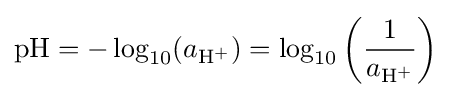
{\text{pH}}=-\log _{10}(a_{\mathrm {H} {\vphantom {A}}^{+}})=\log _{10}\left({\frac {1}{a_{\mathrm {H} {\vphantom {A}}^{+}}}}\right)